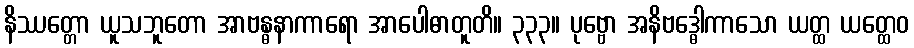
နိဿတ္တော ယူသဘူတော အာဗန္ဓနာကာရော အာပေါဓာတူတိ။ ၃၃၃။ ပုဗ္ဗော အနိဗဒ္ဓေါကာသော ယတ္ထ ယတ္ထေဝ